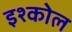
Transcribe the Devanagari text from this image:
इश्कोल